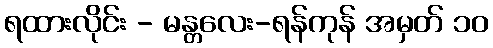
ရထားလိုင်း - မန္တလေး-ရန်ကုန် အမှတ် ၁၀